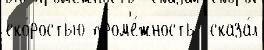
ско́ростью пром'е́жность  сказа́л